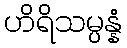
ဟိရိသမ္ပန္နံ